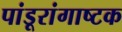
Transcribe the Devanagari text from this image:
पांडूरांगाष्टक